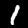
Label: 1